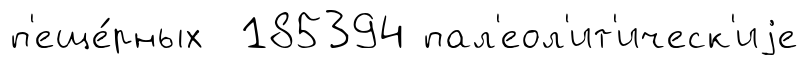
п'еще́рных 185394 пал'еол'ит'ическ'иjе